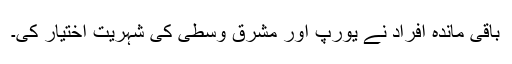
باقی ماندہ افراد نے یورپ اور مشرق وسطیٰ کی شہریت اختیار کی۔